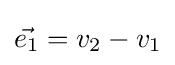
{\vec {e_{1}}}=v_{2}-v_{1}